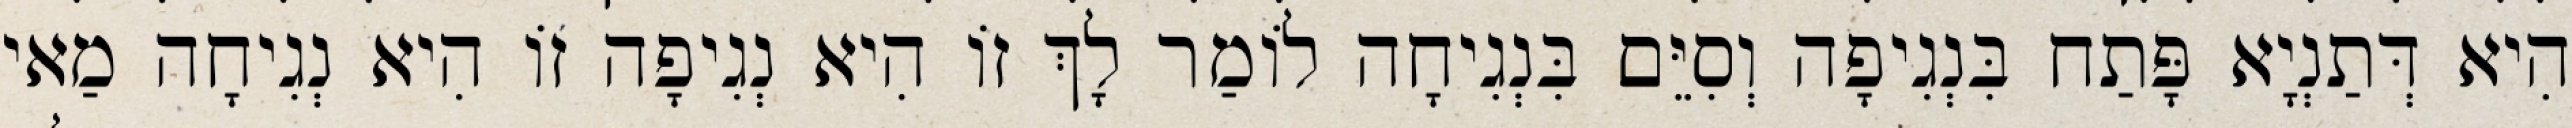
הִיא דְּתַנְיָא פָּתַח בִּנְגִיפָה וְסִיֵּם בִּנְגִיחָה לוֹמַר לָךְ זוֹ הִיא נְגִיפָה זוֹ הִיא נְגִיחָה מַאי